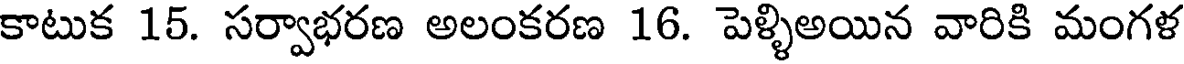
కాటుక 15. సర్వాభరణ అలంకరణ 16. పెళ్ళిఅయిన వారికి మంగళ